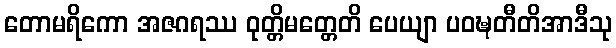
တောမရိကော အဇဂရဿ ဝုတ္တိမတ္တေတိ ပေယျာ ပဝဍ္ဎတီတိအာဒီသု